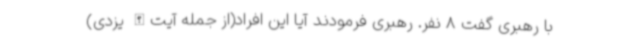
با رهبری گفت 8 نفر. رهبری فرمودند آیا این افراد(از جمله آیت‌الله یزدی)